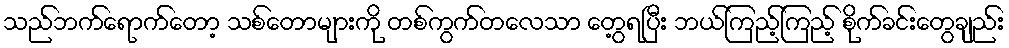
သည်ဘက်ရောက်တော့ သစ်တောများကို တစ်ကွက်တလေသာ တွေ့ရပြီး ဘယ်ကြည့်ကြည့် စိုက်ခင်းတွေချည်း